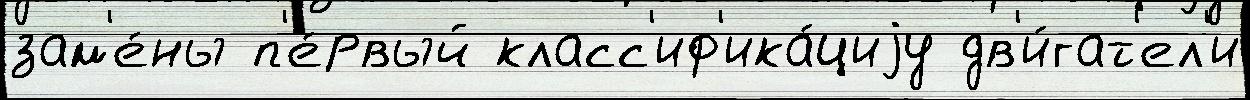
зам'е́ны п'е́рвый класс'иф'ика́циjу дв'и́гат'ел'и